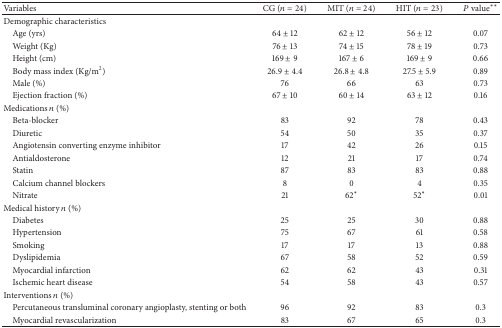
<table><thead><tr><td><b>Variables</b></td><td><b>CG (<i>n</i> = 24)</b></td><td><b>MIT (<i>n</i> = 24)</b></td><td><b>HIT (<i>n</i> = 23)</b></td><td><b><i>P</i> value<sup>**</sup></b></td></tr></thead><tbody><tr><td>Demographic characteristics</td><td> </td><td> </td><td> </td><td> </td></tr><tr><td> Age (yrs)</td><td>64 ± 12</td><td>62 ± 12</td><td>56 ± 12</td><td>0.07</td></tr><tr><td> Weight (Kg)</td><td>76 ± 13</td><td>74 ± 15</td><td>78 ± 19</td><td>0.73</td></tr><tr><td> Height (cm)</td><td>169 ± 9</td><td>167 ± 6</td><td>169 ± 9</td><td>0.66</td></tr><tr><td> Body mass index (Kg/m<sup>2</sup>) </td><td>26.9 ± 4.4</td><td>26.8 ± 4.8</td><td>27.5 ± 5.9</td><td>0.89</td></tr><tr><td> Male (%) </td><td>76</td><td>66</td><td>63</td><td>0.73</td></tr><tr><td> Ejection fraction (%)</td><td>67 ± 10</td><td>60 ± 14</td><td>63 ± 12</td><td>0.16</td></tr><tr><td>Medications <i>n</i> (%)</td><td> </td><td> </td><td> </td><td> </td></tr><tr><td> Beta-blocker </td><td>83</td><td>92</td><td>78</td><td>0.43</td></tr><tr><td> Diuretic </td><td>54</td><td>50</td><td>35</td><td>0.37</td></tr><tr><td> Angiotensin converting enzyme inhibitor</td><td>17</td><td>42</td><td>26</td><td>0.15</td></tr><tr><td> Antialdosterone </td><td>12</td><td>21</td><td>17</td><td>0.74</td></tr><tr><td> Statin </td><td>87</td><td>83</td><td>83</td><td>0.88</td></tr><tr><td> Calcium channel blockers </td><td>8</td><td>0</td><td>4</td><td>0.35</td></tr><tr><td> Nitrate </td><td>21</td><td>62<sup>*</sup></td><td>52<sup>*</sup></td><td>0.01</td></tr><tr><td>Medical history <i>n</i> (%)</td><td> </td><td> </td><td> </td><td> </td></tr><tr><td> Diabetes </td><td>25</td><td>25</td><td>30</td><td>0.88</td></tr><tr><td> Hypertension </td><td>75</td><td>67</td><td>61</td><td>0.58</td></tr><tr><td> Smoking </td><td>17</td><td>17</td><td>13</td><td>0.88</td></tr><tr><td> Dyslipidemia </td><td>67</td><td>58</td><td>52</td><td>0.59</td></tr><tr><td> Myocardial infarction </td><td>62</td><td>62</td><td>43</td><td>0.31</td></tr><tr><td> Ischemic heart disease </td><td>54</td><td>58</td><td>43</td><td>0.57</td></tr><tr><td>Interventions <i>n</i> (%)</td><td> </td><td> </td><td> </td><td> </td></tr><tr><td> Percutaneous transluminal coronary angioplasty, stenting or both</td><td>96</td><td>92</td><td>83</td><td>0.3</td></tr><tr><td> Myocardial revascularization</td><td>83</td><td>67</td><td>65</td><td>0.3</td></tr></tbody></table>